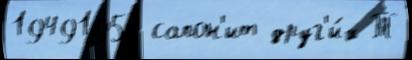
19491958 сапон'ит друг'и́х Т